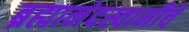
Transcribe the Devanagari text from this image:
ब्रह्मानंदस्वामींचे